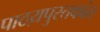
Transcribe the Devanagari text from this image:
पाठय़पुस्तकांत